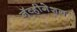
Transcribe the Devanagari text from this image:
नॅव्हीगेशन